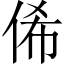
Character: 俙